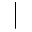
\vert